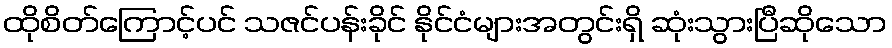
ထိုစိတ်ကြောင့်ပင် သဇင်ပန်းခိုင် နိုင်ငံများအတွင်းရှိ ဆုံးသွားပြီဆိုသော